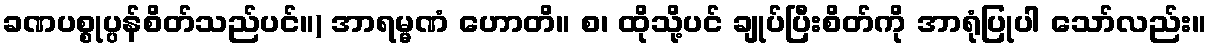
ခဏပစ္စုပ္ပန်စိတ်သည်ပင်။) အာရမ္မဏံ ဟောတိ။ စ၊ ထိုသို့ပင် ချုပ်ပြီးစိတ်ကို အာရုံပြုပါ သော်လည်း။